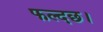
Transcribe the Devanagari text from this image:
फल्दछ।